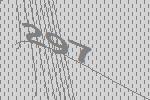
297